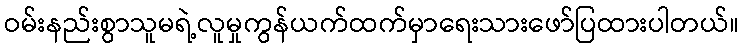
ဝမ်းနည်းစွာသူမရဲ့လူမှုကွန်ယက်ထက်မှာရေးသားဖော်ပြထားပါတယ်။